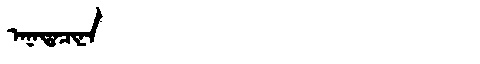
Manchu: ᠠᠨᠠᡨᠠᠴᡳᠨᠠ
Romanization: ANATACINA